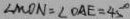
\angle M O N = \angle O A E = 4 5 ^ { \circ }